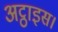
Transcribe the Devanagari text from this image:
अट्ठाइस।